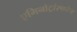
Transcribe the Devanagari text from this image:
एमिनोट्रांस्फरेज